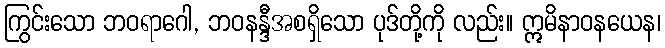
ကြွင်းသော ဘဝရာဂေါ, ဘဝနန္ဒီအစရှိသော ပုဒ်တို့ကို လည်း။ ဣမိနာဝနယေန၊